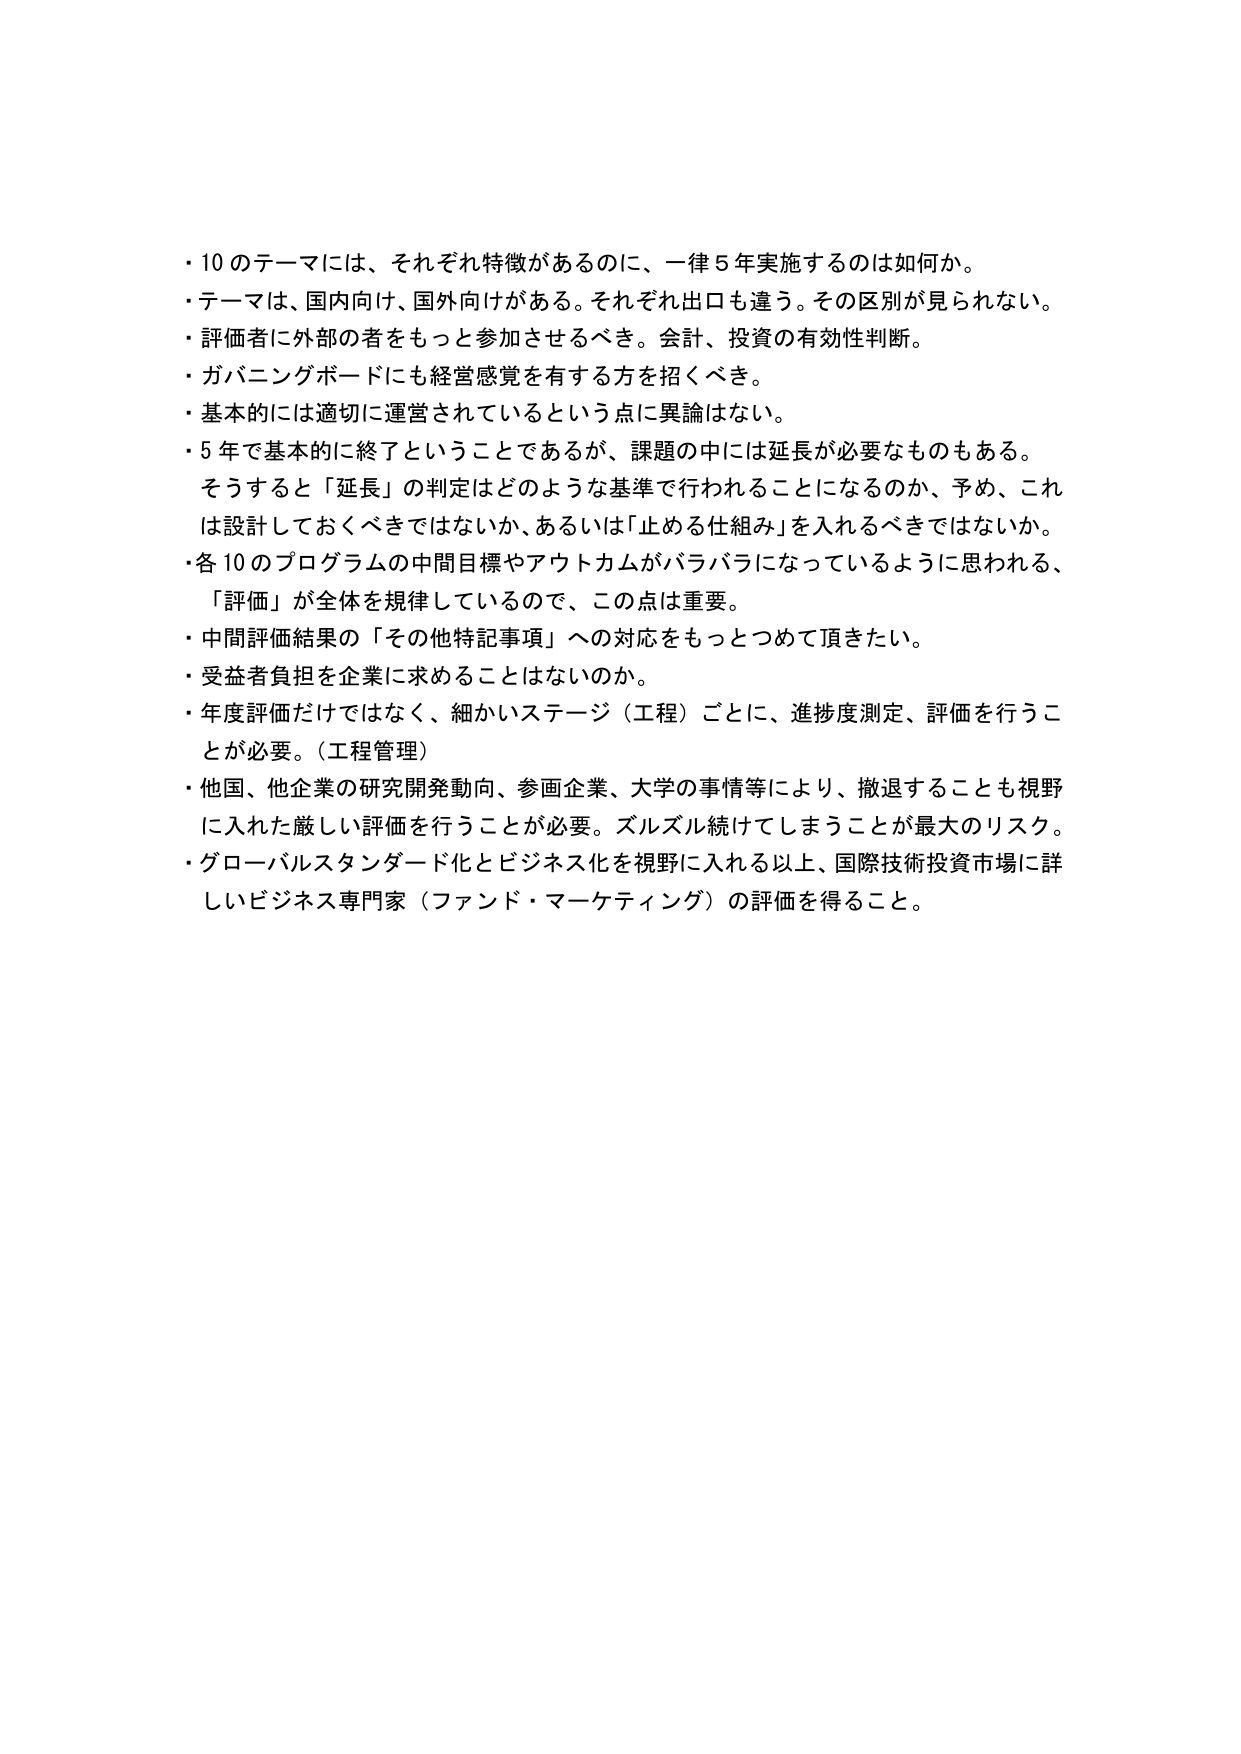
・10のテーマには、それぞれ特徴があるのに、一律5年実施するのは如何か。
・テーマは、国内向け、国外向けがある。それぞれ出口も違う。その区別が見られない。
・評価者に外部の者をもっと参加させるべき。会計、投資の有効性判断。
・ガバニングボードにも経営感覚を有する方を招くべき。
・基本的には適切に運営されているという点に異論はない。
・5年で基本的に終了ということであるが、課題の中には延長が必要なものもある。
　そうすると「延長」の判定はどのような基準で行われることになるのか、予め、これは設計しておくべきではないか、あるいは「止める仕組み」を入れるべきではないか。
・各10のプログラムの中間目標やアウトカムがバラバラになっているように思われる、「評価」が全体を規律しているので、この点は重要。
・中間評価結果の「その他特記事項」への対応をもっとつめて頂きたい。
・受益者負担を企業に求めることはないのか。
・年度評価だけではなく、細かいステージ（工程）ごとに、進捗度測定、評価を行うことが必要。（工程管理）
・他国、他企業の研究開発動向、参画企業、大学の事情等により、撤退することも視野に入れた厳しい評価を行うことが必要。ズルズル続けてしまうことが最大のリスク。
・グローバルスタンダード化とビジネス化を視野に入れる以上、国際技術投資市場に詳しいビジネス専門家（ファンド・マーケティング）の評価を得ること。